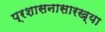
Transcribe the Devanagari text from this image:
प्रशासनासारख्या